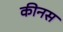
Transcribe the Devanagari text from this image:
कीनस